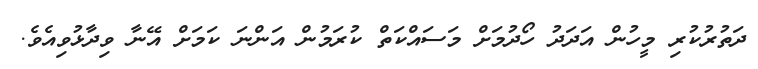
ދަތުރުކުރި މީހުން އަދަދު ހޯދުމަށް މަސައްކަތް ކުރަމުން އަންނަ ކަމަށް އޭނާ ވިދާޅުވިއެވެ.